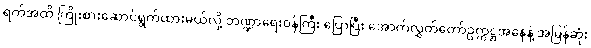
ရက်အထိ ကြိုးစားဆောင်ရွက်ထားမယ်လို့ ဘဏ္ဍာရေးဝန်ကြီး ပြောပြီး အောက်လွှတ်တော်ဥက္ကဋ္ဌအနေနဲ့ အမြန်ဆုံး